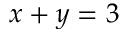
x + y = 3